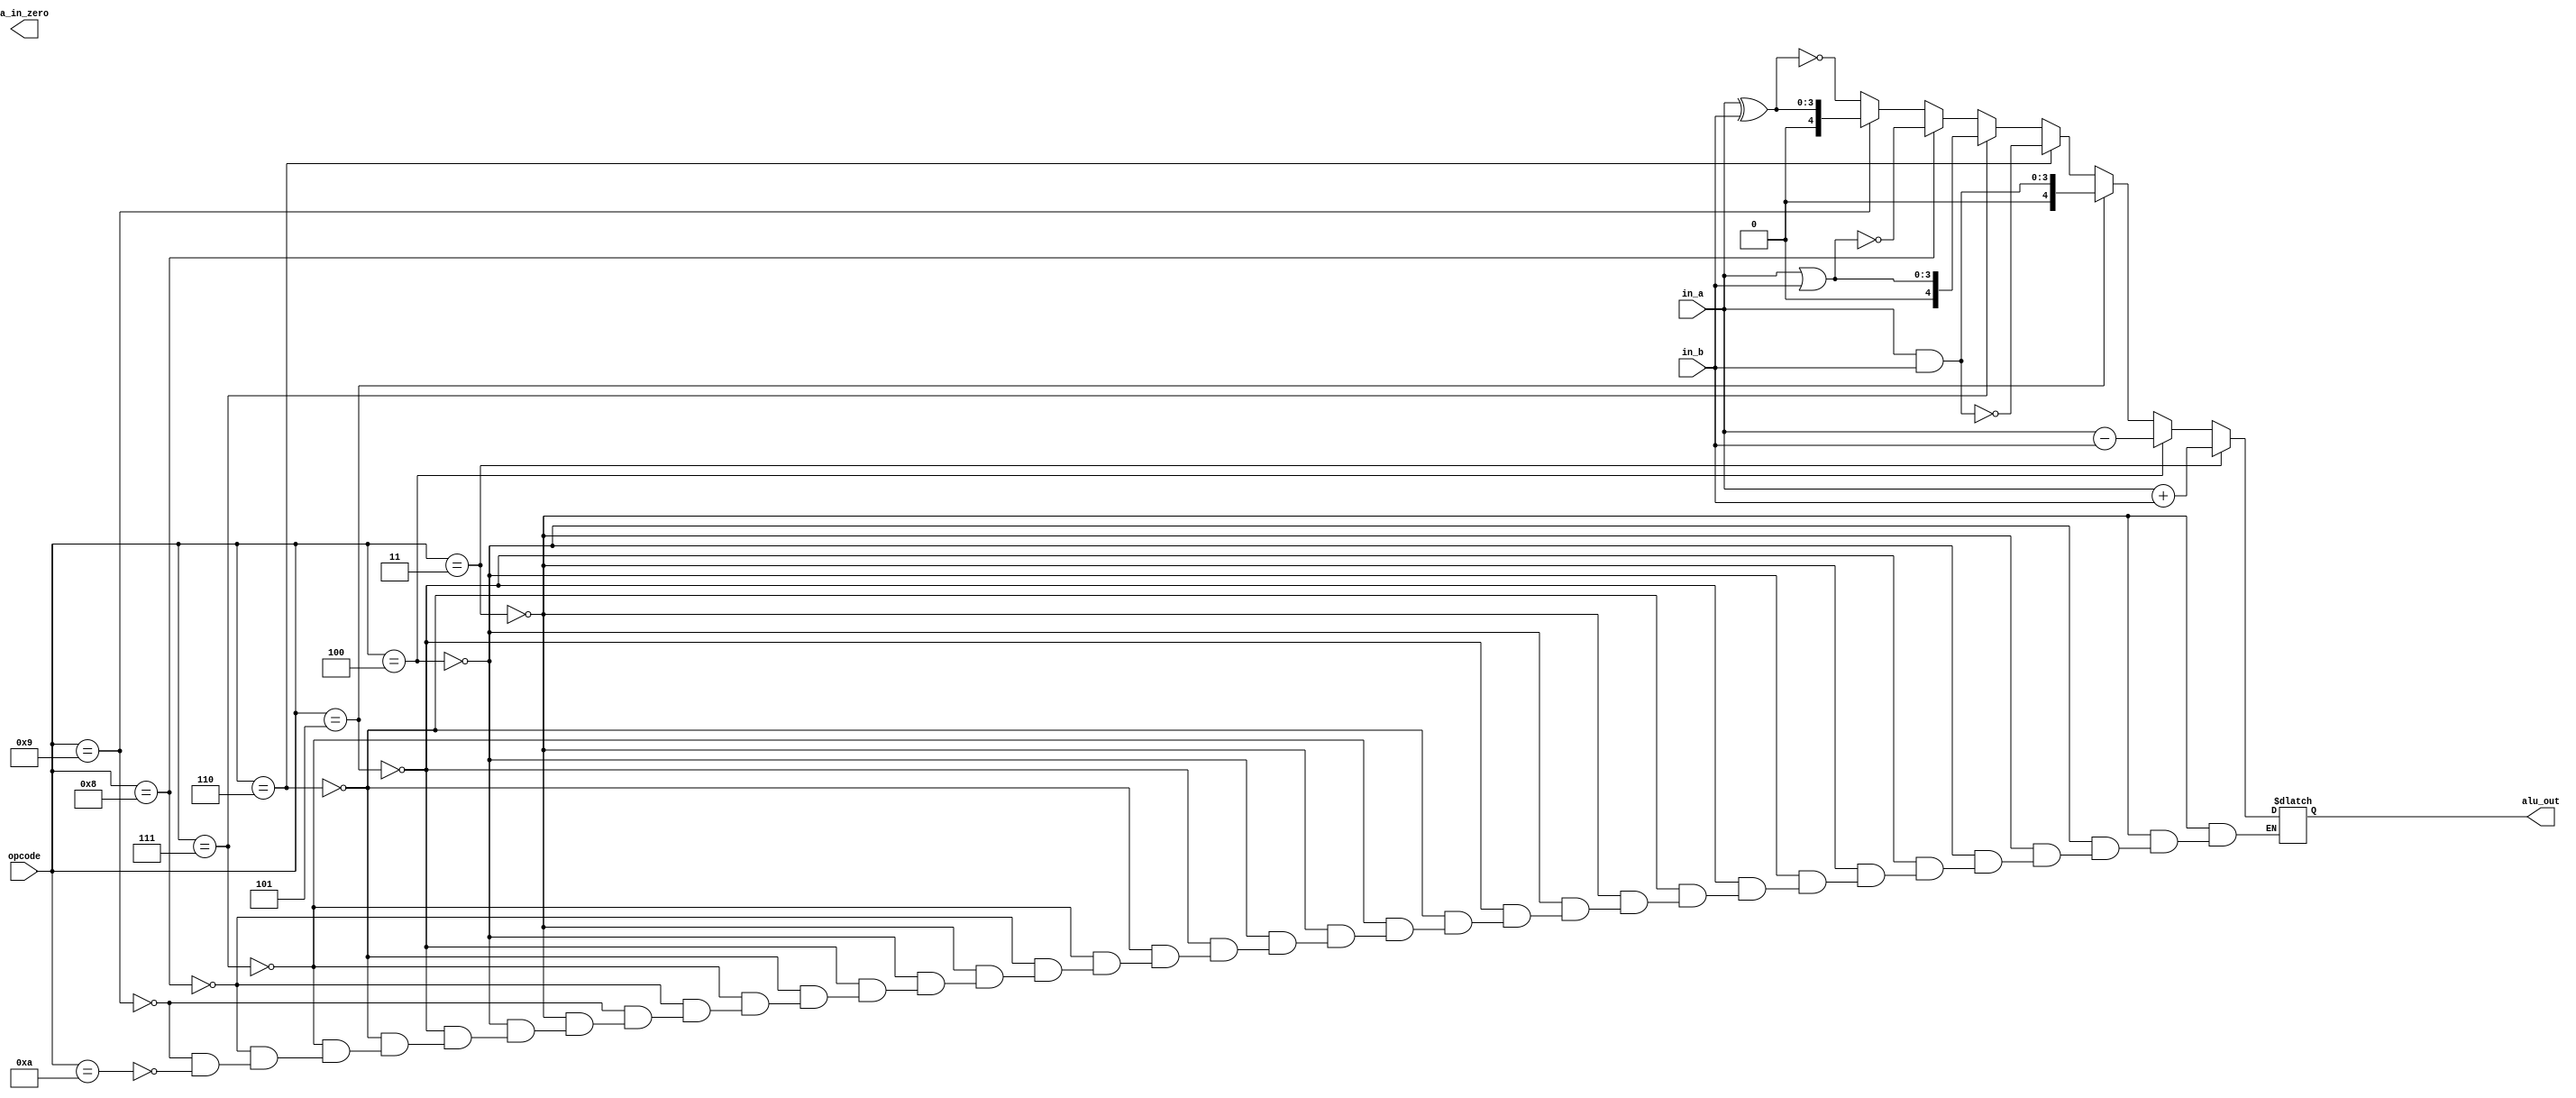
`timescale 1ns / 1ps
//////////////////////////////////////////////////////////////////////////////////
// Company: 
// Engineer: 
// 
// Design Name: 
// Module Name: alu4bit
// Project Name: 
// Target Devices: 
// Tool Versions: 
// Description: 
// 
// Dependencies: 
// 
// Revision:
// Revision 0.01 - File Created
// Additional Comments:
// 
//////////////////////////////////////////////////////////////////////////////////


module alu4bit(in_a, in_b, opcode, alu_out, a_in_zero

    );
    input wire[3:0] in_a, in_b;
    input wire[3:0] opcode;
    output reg[4:0] alu_out;
    output reg a_in_zero;
    
    parameter ADD=3, SUB=4, AND=5, NAND = 6, OR = 7, NOR =8,XOR=9, XNOR=10;
    
    always @(*)
    begin
    
    if (opcode==ADD) begin
    alu_out = in_a + in_b;
    end
    
    else if (opcode==SUB) begin
    alu_out = in_a - in_b;
    end
    
    else if (opcode == AND) begin
    alu_out = in_a & in_b;
    end
    
    else if (opcode==NAND) begin
    alu_out = ~(in_a & in_b);
    end
    
    else if (opcode==OR) begin
    alu_out = in_a | in_b;
    end
        
    else if (opcode==NOR) begin
    alu_out = ~(in_a | in_b);
    end
    
    else if (opcode==XOR) begin
    alu_out = in_a ^ in_b;
    end
    
    else if (opcode==XNOR) begin
    alu_out = ~(in_a ^ in_b);
    end
    
    
   // else begin
    //alu_out = in_a;
    //end
    
    end
endmodule